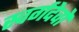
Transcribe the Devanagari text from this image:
स्वर्गदेवों